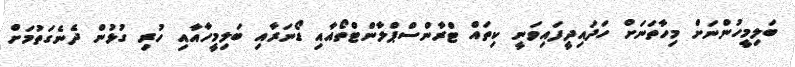
ބަލިމީހުންނަށް މިހާތަނަށް ހަދައިދީފައިވަނީ ކިތައް ޓްރާންސްޕްލާންޓްތޯއާއި ޑޯނަރާއި ބަލިމީހާއާއި ހުރި ގުޅުން ދެނެގަތުމަށް